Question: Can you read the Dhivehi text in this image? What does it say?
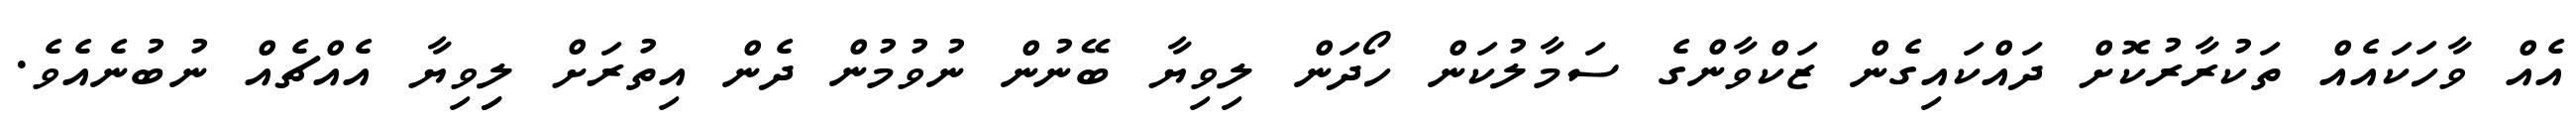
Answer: އެއް ވާހަކައެއް ތަކުރާރުކޮށް ދައްކައިގެން ޒަކްވާންގެ ސަމާލުކަން ހޯދަން ލިވިޔާ ބޭނުން ނުވުމުން ދެން އިތުރަށް ލިިވިޔާ އެއްޗެއް ނުބުނެއެވެ.